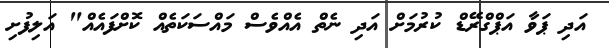
އަދި ޕަވާ އަޕްގްރޭޑް ކުރުމަށް އަދި ނެތް އެއްވެސް މައްސަކަތެއް ކޮށްފައެއް" އަލިފުށި